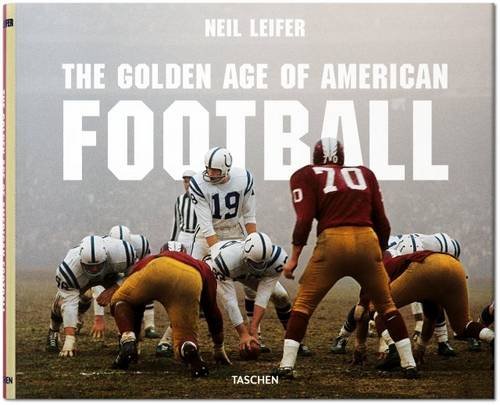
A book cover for Leifer: The Golden Age of American Football; Arts & Photography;